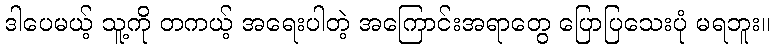
ဒါပေမယ့် သူ့ကို တကယ့် အရေးပါတဲ့ အကြောင်းအရာတွေ ပြောပြသေးပုံ မရဘူး။